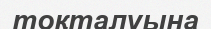
тоқталуына